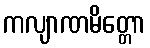
ကလျာဏမိတ္တော